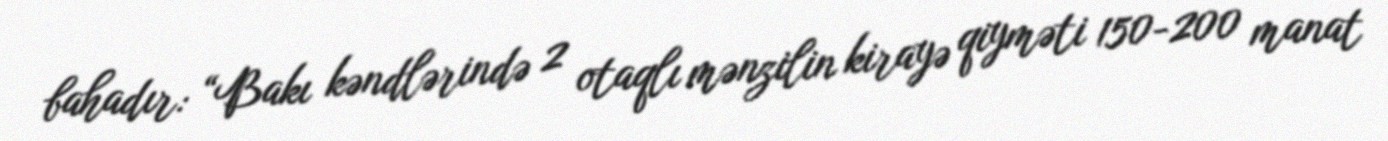
bahadır: “Bakı kəndlərində 2 otaqlı mənzilin kirayə qiyməti 150-200 manat